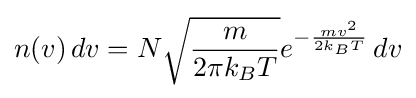
n(v)\,dv=N{\sqrt {\frac {m}{2\pi k_{B}T}}}e^{-{\frac {mv^{2}}{2k_{B}T}}}\,dv